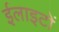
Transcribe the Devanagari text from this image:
ईलाइटों